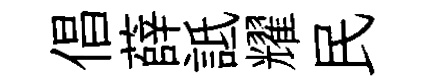
倡薛詆耀民